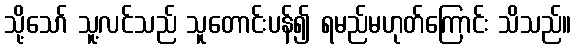
သို့သော် သူ့လင်သည် သူတောင်းပန်၍ ရမည်မဟုတ်ကြောင်း သိသည်။